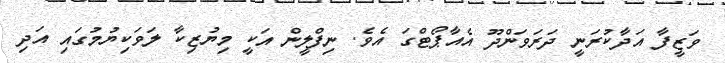
ވަޒީފާ އަދާކުރަނީ ދަރަވަންދޫ އެއާޕޯޓްގަ އެވެ. ނިފްލީން އަކީ މިޔުޒިކާ ލަވަކިޔުމުގައި އަދި